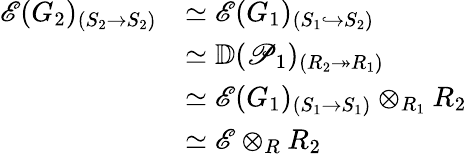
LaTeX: \begin{array}{rl}{\mathscr{E}(G_{2})_{(S_{2}\rightarrow S_{2})}}&{\simeq\mathscr{E}(G_{1})_{(S_{1}\hookrightarrow S_{2})}}\\ &{\simeq\mathbb{D}(\mathscr{P}_{1})_{(R_{2}\twoheadrightarrow R_{1})}}\\ &{\simeq\mathscr{E}(G_{1})_{(S_{1}\rightarrow S_{1})}\otimes_{R_{1}}R_{2}}\\ &{\simeq\mathscr{E}\otimes_{R}R_{2}}\end{array}